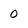
Character: 0